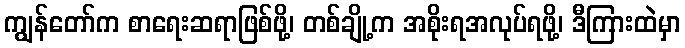
ကျွန်တော်က စာရေးဆရာဖြစ်ဖို့၊ တစ်ချို့က အစိုးရအလုပ်ရဖို့၊ ဒီကြားထဲမှာ